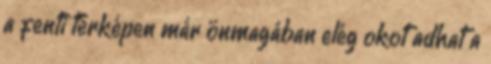
a fenti térképen már önmagában elég okot adhat a